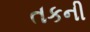
તકની